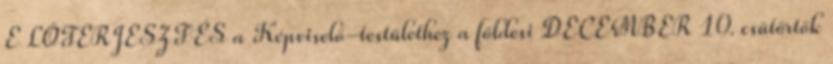
E LŐTERJESZTÉS a Képviselő-testülethez a földesi DECEMBER 10. csütörtök